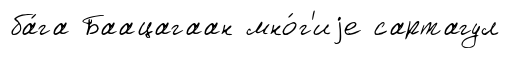
ба́га Баацагаан мно́г'иjе сартагул